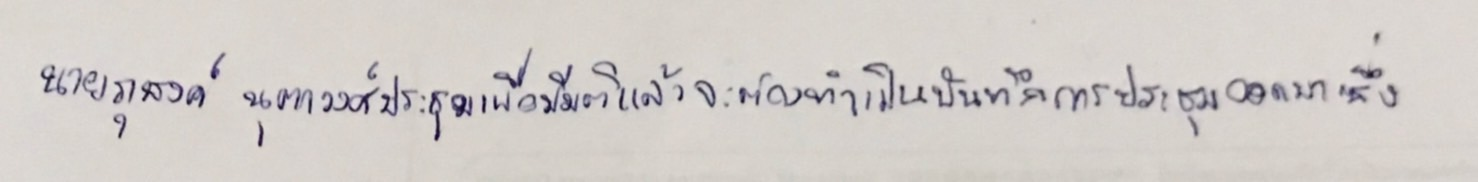
นายภุชงค์ นุตาวงศ์ประชุมเพื่อมีมติแล้วจะต้องทำเป็นบันทึกการประชุมออกมาซึ่ง